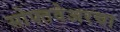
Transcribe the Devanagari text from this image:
सोफ्तवेअरचा